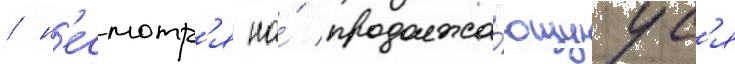
/ н'есмотр'я на́ продолжа́ющуус'я